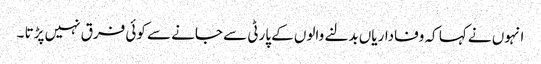
انہوں نے کہا کہ وفاداریاں بدلنے والوں کے پارٹی سے جانے سے کوئی فرق نہیں پڑتا ۔